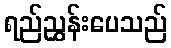
ရည်ညွှန်းပေသည်